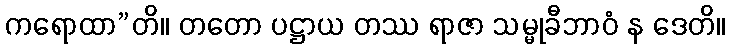
ကရောထာ”တိ။ တတော ပဋ္ဌာယ တဿ ရာဇာ သမ္မုခီဘာဝံ န ဒေတိ။